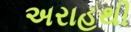
અરાહથી